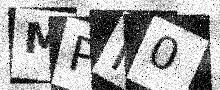
Text: MPF0